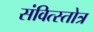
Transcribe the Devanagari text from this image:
संवित्स्तोत्र